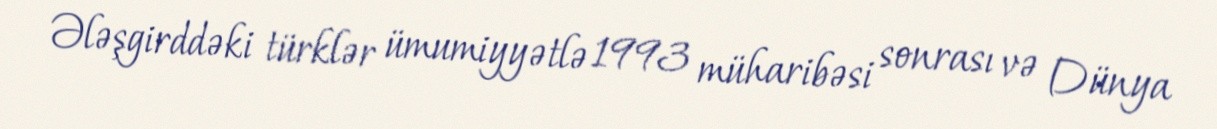
Ələşgirddəki türklər ümumiyyətlə 1993 müharibəsi sonrası və Dünya